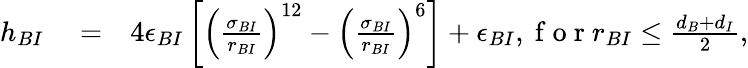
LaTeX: \begin{array}{rlr}{h_{BI}}&{{}=}&{4\epsilon_{BI}\left[\left(\frac{\sigma_{BI}}{r_{BI}}\right)^{12}-\left(\frac{\sigma_{BI}}{r_{BI}}\right)^{6}\right]+\epsilon_{BI},\mathrm{~f~o~r~}r_{BI}\leq\frac{d_{B}+d_{I}}{2},}\end{array}